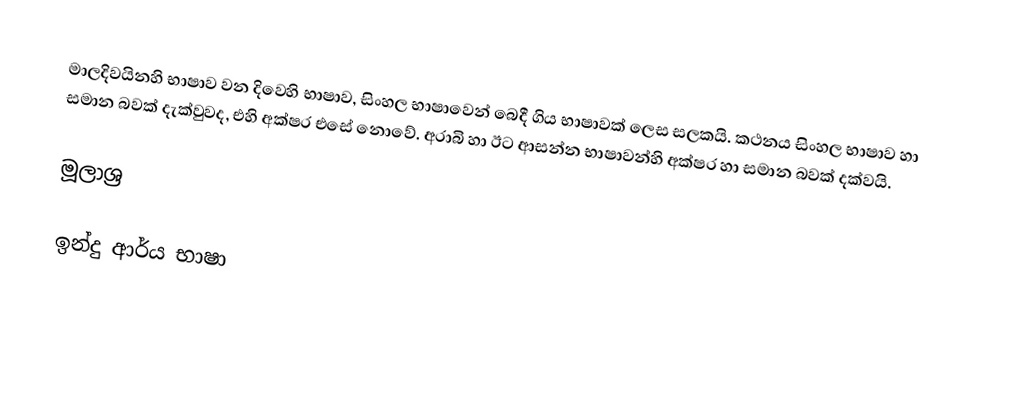
මාලදිවයිනහි භාෂාව වන දිවෙහි භාෂාව, සිංහල භාෂාවෙන් බෙදී ගිය භාෂාවක් ලෙස සලකයි. කථනය සිංහල භාෂාව හා සමාන බවක් දැක්වුවද, එහි අක්ෂර එසේ නොවේ. අරාබි හා ඊට ආසන්න භාෂාවන්හි අක්ෂර හා සමාන බවක් දක්වයි.

මූලාශ්‍ර

ඉන්දු ආර්ය භාෂා